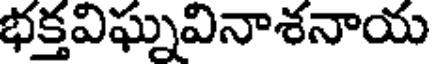
భక్తవిఘ్నవినాశనాయ